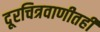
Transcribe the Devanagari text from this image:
दूरचित्रवाणीतही